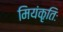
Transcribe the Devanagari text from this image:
मियंकृतिः